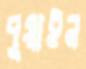
পুয়াইন